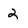
Character: 2